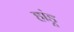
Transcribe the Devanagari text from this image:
हांडू